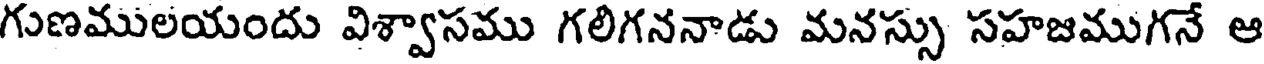
గుణములయందు విశ్వాసము గలిగననాడు మనస్సు సహజముగనే ఆ